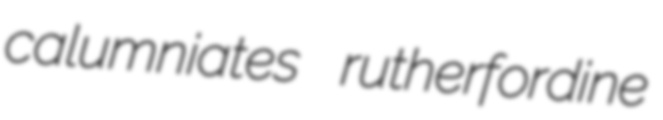
calumniates rutherfordine